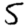
Digit: 5